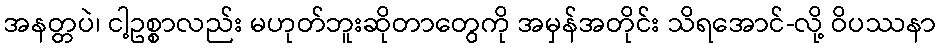
အနတ္တပဲ၊ ငါ့ဥစ္စာလည်း မဟုတ်ဘူးဆိုတာတွေကို အမှန်အတိုင်း သိရအောင်-လို့ ဝိပဿနာ